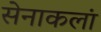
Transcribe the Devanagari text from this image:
सेनाकलां